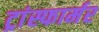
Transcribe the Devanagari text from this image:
ट्रांस्फार्मर